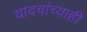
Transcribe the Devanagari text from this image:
यादवांच्याही